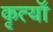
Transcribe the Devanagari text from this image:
कृत्यॉ